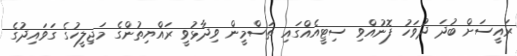
ރައީސަށް ބުދަ ދުވަހު ފޮނުއްވި ސިޓީއެއްގައި ތަސްމީން ވިދާޅުވީ ރައްޔިތުންގެ މަޖިލީހުގެ ގަވައިދުގެ